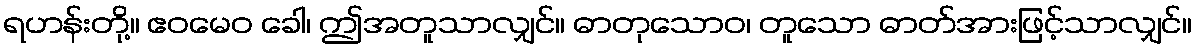
ရဟန်းတို့။ ဧဝမေဝ ခေါ၊ ဤအတူသာလျှင်။ ဓာတုသောဝ၊ တူသော ဓာတ်အားဖြင့်သာလျှင်။